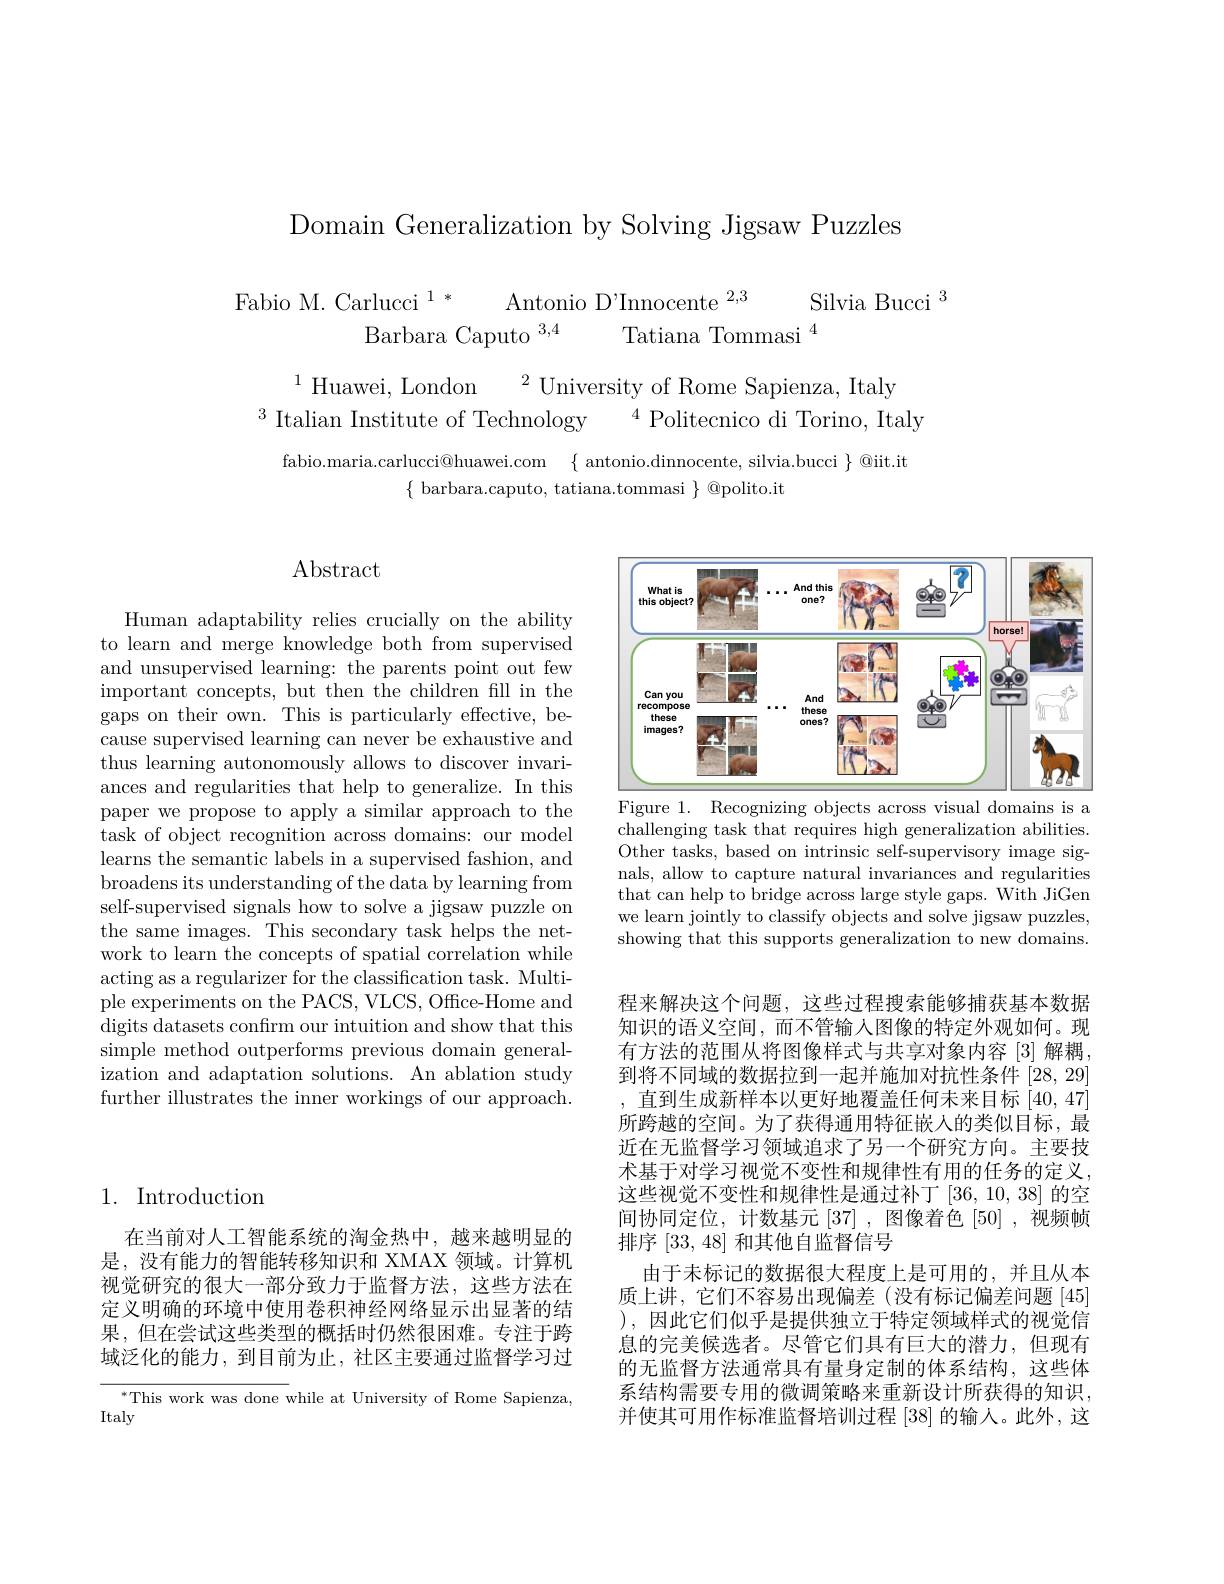
Domain Generalization by Solving Jigsaw Puzzles

$\begin{array}{c}{\mathrm{Fabio~M.~Carlucci~}^{1*}}&{\mathrm{Antonio~D'Innocente~}^{2,3}}&{\mathrm{Silvia~Bucci~}^{3}}\\{\mathrm{Barbara~Caputo~}^{3,4}}&{\mathrm{Tatiana~Tommasi~}^{4}}\end{array}$

$^{1}$ Huawei, London
$^2$University of Rome Sapienza, Italy
$^3$ Italian Institute of Technology
$^{4}$Politecnico di Torino, Italy

fabio.maria.carlucci@huawei.com $\{$antonio.dinnocente, silvia.bucci$\}@$iit.it
$\{$ barbara.caputo, tatiana.tommasi $\}$ @polito.it

# $\operatorname{Abstract}$

Human adaptability relies crucially on the ability to learn and merge knowledge both from supervised and unsupervised learning: the parents point out few important concepts, but then the children fill in the gaps on their own. This is particularly effective, because supervised learning can never be exhaustive and thus learning autonomously allows to discover invariances and regularities that help to generalize. In this paper we propose to apply a similar approach to the task of object recognition across domains: our model learns the semantic labels in a supervised fashion, and broadens its understanding of the data by learning from self-supervised signals how to solve a jigsaw puzzle on the same images. This secondary task helps the network to learn the concepts of spatial correlation while acting as a regularizer for the classification task. Multiple experiments on the PACS, VLCS, Office-Home and digits datasets confırm our intuition and show that this simple method outperforms previous domain generalization and adaptation solutions. An ablation study further illustrates the inner workings of our approach.

## 1. Introduction

在当前对人工智能系统的淘金热中，越来越明显的是，没有能力的智能转移知识和 XMAX 领域。计算机视觉研究的很大一部分致力于监督方法，这些方法在定义明确的环境中使用卷积神经网络显示出显著的结果，但在尝试这些类型的概括时仍然很困难。专注于跨域泛化的能力，到目前为止，社区主要通过监督学习过

$^*$This work was done while at University of Rome Sapienza,
Italy

<FigureHere>
Figure 1. Recognizing objects across visual domains is a

challenging task that requires high generalization abilities. Other tasks, based on intrinsic self-supervisory image signals, allow to capture natural invariances and regularities that can help to bridge across large style gaps. With JiGen we learn jointly to classify objects and solve jigsaw puzzles, showing that this supports generalization to new domains.

程来解决这个问题，这些过程搜索能够捕获基本数据知识的语义空间，而不管输入图像的特定外观如何。现有方法的范围从将图像样式与共享对象内容 [3]解耦， 到将不同域的数据拉到一起并施加对抗性条件[28,29]
直到生成新样本以更好地覆盖任何未来目标[40,47] 所跨越的空间。为了获得通用特征嵌入的类似目标，最近在无监督学习领域追求了另一个研究方向。主要技术基于对学习视觉不变性和规律性有用的任务的定义， 这些视觉不变性和规律性是通过补丁[36,10,38]的空间协同定位，计数基元[37],图像着色[50],视频帧排序[33,48]和其他自监督信号
由于未标记的数据很大程度上是可用的，并且从本质上讲，它们不容易出现偏差(没有标记偏差问题[45] ),因此它们似乎是提供独立于特定领域样式的视觉信息的完美候选者。尽管它们具有巨大的潜力，但现有的无监督方法通常具有量身定制的体系结构，这些体系结构需要专用的微调策略来重新设计所获得的知识， 并使其可用作标准监督培训过程 [38] 的输人。此外，这